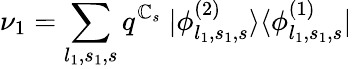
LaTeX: \nu_{1}=\sum_{l_{1},s_{1},s}q^{\mathbb{C}_{s}}~|\phi_{l_{1},s_{1},s}^{(2)}\rangle\langle\phi_{l_{1},s_{1},s}^{(1)}|